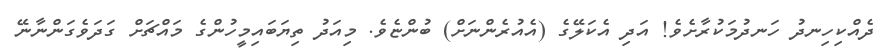
ދެއްކިހިނދު ހަނދުމަކުރާށެވެ! އަދި އެކަލޭގެ (އެއުރެންނަށް) ބުންޏެވެ. މިއަދު ތިޔަބައިމީހުންގެ މައްޗަށް ގަދަވެގަންނާނޭ